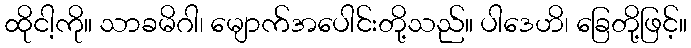
ထိုငါ့ကို။ သာခမိဂါ၊ မျောက်အပေါင်းတို့သည်။ ပါဒေဟိ၊ ခြေတို့ဖြင့်။